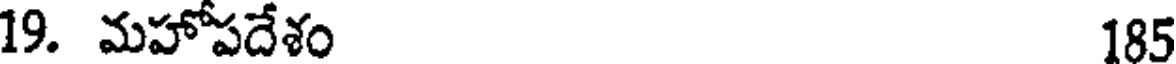
19. మహోపదేశం 185